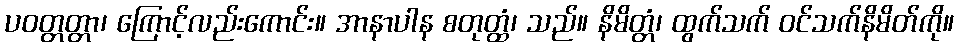
ပဝတ္တတ္တာ၊ ကြောင့်လည်းကောင်း။ အာနာပါန စတုတ္ထံ၊ သည်။ နိမိတ္တံ၊ ထွက်သက် ဝင်သက်နိမိတ်ကို။